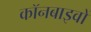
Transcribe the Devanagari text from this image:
कॉनबाइवों